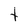
Character: t